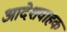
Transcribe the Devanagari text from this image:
आदेशवाहक